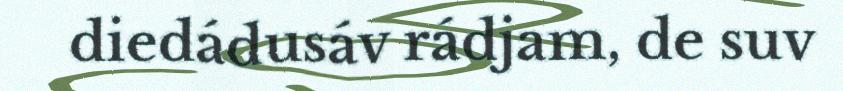
diedádusáv rádjam, de suv